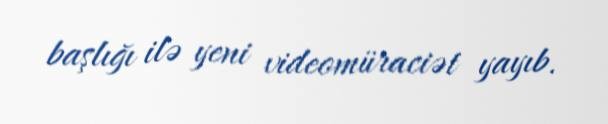
başlığı ilə yeni videomüraciət yayıb.